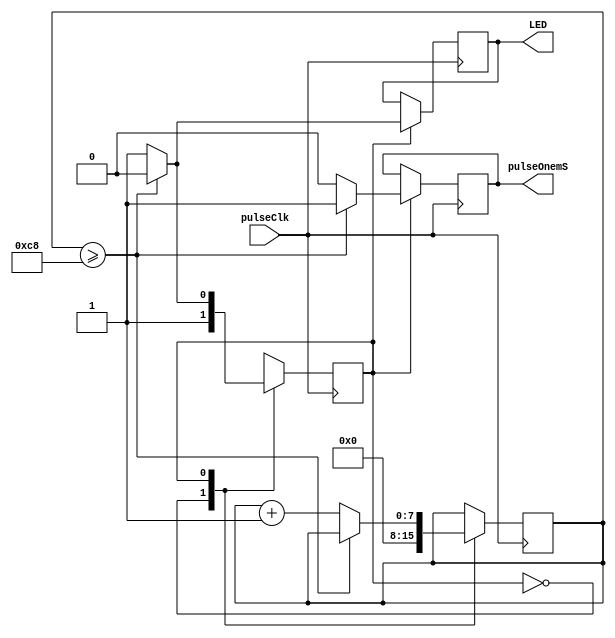

module One_mSecondTimer(pulseClk, pulseOnemS, LED);
  input pulseClk;
  output pulseOnemS;
  output LED;

  reg LEDon;
  reg pulse;
  reg [7:0] counter;

  parameter s_init = 0, s_count = 1;

  reg state;

  always @ (posedge pulseClk) begin
      case (state)
        s_init: begin
          counter <= 8'b00000000;
          state <= s_count;
        end
        s_count: begin
          if(counter >= 200) begin
            pulse <= 1;
            LEDon <= 0;
            state <= s_init;
          end
          else begin
            pulse <= 0;
            LEDon <= 1;
            counter <= counter + 1;
            state <= s_count;
          end
        end
        default: begin
          state <= s_init;
        end
      endcase
  end

  assign pulseOnemS = pulse;
  assign LED = LEDon;
endmodule